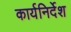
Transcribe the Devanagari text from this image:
कार्यनिर्देश